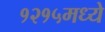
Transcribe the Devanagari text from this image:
१२१५मध्ये